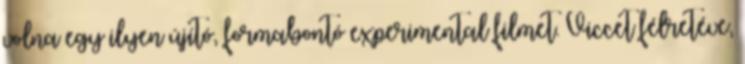
volna egy ilyen újító, formabontó experimental filmet. Viccet félretéve,